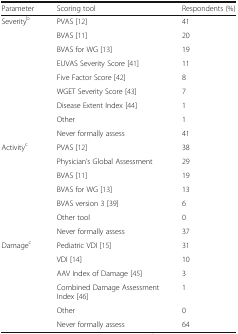
<table><thead><tr><td><b>Parameter</b></td><td><b>Scoring tool</b></td><td><b>Respondents (%)</b></td></tr></thead><tbody><tr><td rowspan="9">Severity<sup>b</sup></td><td>PVAS [12]</td><td>41</td></tr><tr><td>BVAS [11]</td><td>20</td></tr><tr><td>BVAS for WG [13]</td><td>19</td></tr><tr><td>EUVAS Severity Score [41]</td><td>11</td></tr><tr><td>Five Factor Score [42]</td><td>8</td></tr><tr><td>WGET Severity Score [43]</td><td>7</td></tr><tr><td>Disease Extent Index [44]</td><td>1</td></tr><tr><td>Other</td><td>1</td></tr><tr><td>Never formally assess</td><td>41</td></tr><tr><td rowspan="7">Activity<sup>c</sup></td><td>PVAS [12]</td><td>38</td></tr><tr><td>Physician’s Global Assessment</td><td>29</td></tr><tr><td>BVAS [11]</td><td>19</td></tr><tr><td>BVAS for WG [13]</td><td>13</td></tr><tr><td>BVAS version 3 [39]</td><td>6</td></tr><tr><td>Other tool</td><td>0</td></tr><tr><td>Never formally assess</td><td>37</td></tr><tr><td rowspan="6">Damage<sup>c</sup></td><td>Pediatric VDI [15]</td><td>31</td></tr><tr><td>VDI [14]</td><td>10</td></tr><tr><td>AAV Index of Damage [45]</td><td>3</td></tr><tr><td>Combined Damage Assessment Index [46]</td><td>1</td></tr><tr><td>Other</td><td>0</td></tr><tr><td>Never formally assess</td><td>64</td></tr></tbody></table>